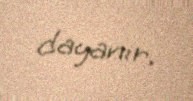
dayanır.